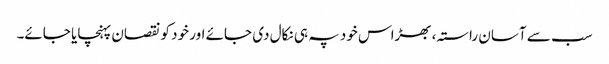
سب سے آسان راستہ، بھڑاس خود پہ ہی نکال دی جائے اور خود کو نقصان پہنچایا جائے۔